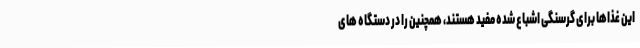
این غذاها برای گرسنگی اشباع شده مفید هستند، همچنین را در دستگاه های